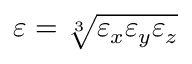
\varepsilon = \sqrt [ 3 ] { \varepsilon _ { x } \varepsilon _ { y } \varepsilon _ { z } }